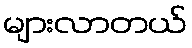
များလာတယ်